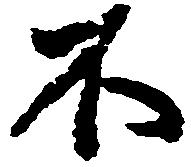
不